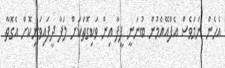
އެހެން ނަމަވެސް އެފްއޭއެމުން ބުނަނީ ފީފާ އިން ވަކިގޮތަކަށް ލަފާ ދީފައިވަނިކޮށް އެގޮތާ